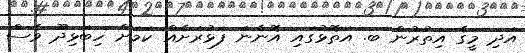
އަދި މީގެ އިތުރުން ބ. އަތޮޅުގައި އޮންނަ ފަޅުރަށެއް ކަމަށް ހިބަޅިދޫ ވެސް